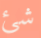
شئ